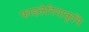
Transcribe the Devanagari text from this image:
फाइलेरियाकृमि